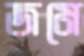
জমে